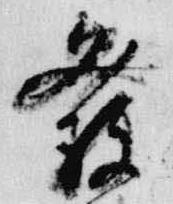
発